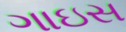
ગાઇસ